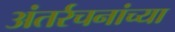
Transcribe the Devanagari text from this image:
अंतर्रचनांच्या